system: You are a helpful assistant.
user:
Analyze the provided spectrum to determine if it is a **Carbon Star (C-type)**.

- **Key Visual Indicators of Carbon Star:**
    - **(Primary):** Strong molecular absorption from **C₂ (diatomic carbon) "Swan Bands."** This is the **defining feature** of a carbon star.
        - **(Key Bandheads):** Sharp absorption edges are visible at approximately $5635$ Å, $5165$ Å (the strongest band), and $4737$ Å.
        - **(Line Profile):** Creates a distinct **"saw-tooth"** pattern. The key morphology is a sharp, steep bandhead on the **red (long-wavelength) side**, which then gradually tapers off (i.e., flux recovers) towards the **blue (short-wavelength) side**. *(This is the direct opposite of the TiO bands seen in M-type stars)*.

    - **(Secondary):** Intense **CN (cyanogen)** molecular absorption bands.
        - **(Key Bandheads):** Located in the blue and violet regions of the spectrum (e.g., near $4215$ Å and $3883$ Å).
        - **(Morphology):** These bands are extremely broad and act as a "blanket," absorbing the vast majority of blue and violet light. This creates a characteristic **"cliff"** or **"steep drop-off"** in the spectrum's flux at short wavelengths.

    - **(Key Confirmation):** Strong **CH absorption band (G-band)**.
        - **(Key Bandhead):** Located around $4300$ Å. The contribution from CH molecules to this band is exceptionally strong.

    - **(Overall Spectrum):**
        - The continuum is severely "chopped up" by these deep molecular bands, especially C₂, rather than appearing as a smooth curve.
        - Due to the heavy CN and C₂ absorption in the blue-green, the vast majority of the star's flux is concentrated in the red part of the spectrum, giving the star its characteristic deep red color.

Think first, call **spectral_visualization_tool** if needed to examine features in detail, then provide your final answer. Your response must adhere to the following strict rules:
1.  **Overall Structure:** Your response must follow the format `<think>...</think> <tool_call>...</tool_call> (if a tool is used) <answer>...</answer>`.
2.  **Tool Usage Constraint:** You may only make **one** tool call per turn.
3.  **Final Answer Format:** In the `<answer>` tag, your conclusion must be inside a `\boxed{}` command (e.g., `\boxed{YES}`), followed by your justification.

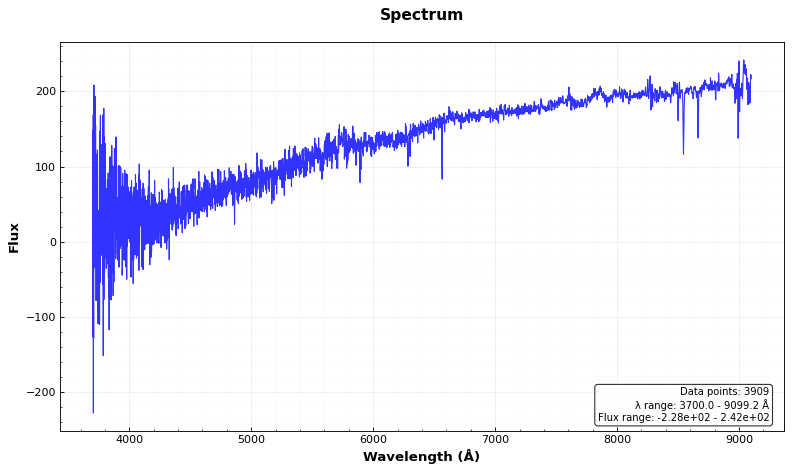
Answer: NO